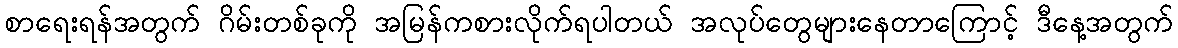
စာရေးရန်အတွက် ဂိမ်းတစ်ခုကို အမြန်ကစားလိုက်ရပါတယ် အလုပ်တွေများနေတာကြောင့် ဒီနေ့အတွက်